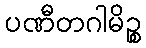
ပဏီတဂါမိဉ္စ